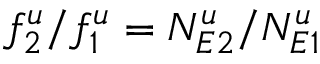
f _ { 2 } ^ { u } / f _ { 1 } ^ { u } = N _ { E 2 } ^ { u } / N _ { E 1 } ^ { u }